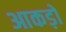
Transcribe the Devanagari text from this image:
आकड़ो